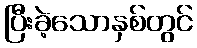
ပြီးခဲ့သောနှစ်တွင်